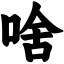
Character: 啥